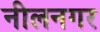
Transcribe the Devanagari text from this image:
नीलनगर